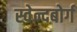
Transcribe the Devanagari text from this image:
स्वेन्दबोर्ग